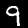
Digit: 9